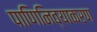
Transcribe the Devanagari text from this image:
पाणिनिव्याकरण